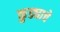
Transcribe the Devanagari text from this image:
कुड्याचे